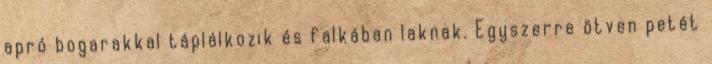
apró bogarakkal táplálkozik és falkában laknak. Egyszerre ötven petét